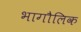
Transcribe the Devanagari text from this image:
भागौलिक